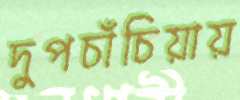
দুপচাঁচিয়ায়